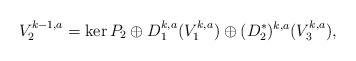
LaTeX: \begin{align*} V_{2}^{k-1, a} = \ker P_{2} \oplus D_{1}^{k,a} (V_{1}^{k,a}) \oplus (D_{2}^{*})^{k,a}(V_{3}^{k,a}),\end{align*}